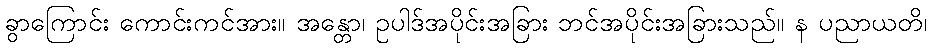
ခွာကြောင်း ကောင်းကင်အား။ အန္တော၊ ဥပါဒ်အပိုင်းအခြား ဘင်အပိုင်းအခြားသည်။ န ပညာယတိ၊